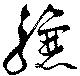
驤